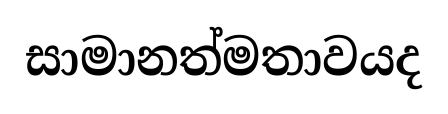
සාමානත්මතාවයද